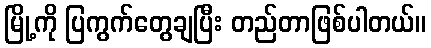
မြို့ကို ပြကွက်တွေချပြီး တည်တာဖြစ်ပါတယ်။